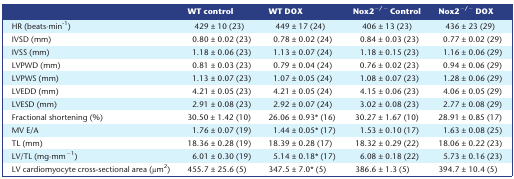
<table><thead><tr><td></td><td><b>WT control</b></td><td><b>WT DOX</b></td><td><b>Nox2<sup>−/−</sup> Control</b></td><td><b>Nox2<sup>−/−</sup> DOX</b></td></tr></thead><tbody><tr><td>HR (beats·min<sup>‐1</sup>)</td><td>429 ± 10 (23)</td><td>449 ± 17 (24)</td><td>406 ± 13 (23)</td><td>436 ± 23 (29)</td></tr><tr><td>IVSD (mm)</td><td>0.80 ± 0.02 (23)</td><td>0.78 ± 0.02 (24)</td><td>0.84 ± 0.03 (23)</td><td>0.77 ± 0.02 (29)</td></tr><tr><td>IVSS (mm)</td><td>1.18 ± 0.06 (23)</td><td>1.13 ± 0.07 (24)</td><td>1.18 ± 0.15 (23)</td><td>1.16 ± 0.06 (29)</td></tr><tr><td>LVPWD (mm)</td><td>0.81 ± 0.03 (23)</td><td>0.79 ± 0.04 (24)</td><td>0.76 ± 0.02 (23)</td><td>0.94 ± 0.06 (29)</td></tr><tr><td>LVPWS (mm)</td><td>1.13 ± 0.07 (23)</td><td>1.07 ± 0.05 (24)</td><td>1.08 ± 0.07 (23)</td><td>1.28 ± 0.06 (29)</td></tr><tr><td>LVEDD (mm)</td><td>4.21 ± 0.05 (23)</td><td>4.21 ± 0.05 (24)</td><td>4.15 ± 0.06 (23)</td><td>4.06 ± 0.05 (29)</td></tr><tr><td>LVESD (mm)</td><td>2.91 ± 0.08 (23)</td><td>2.92 ± 0.07 (24)</td><td>3.02 ± 0.08 (23)</td><td>2.77 ± 0.08 (29)</td></tr><tr><td>Fractional shortening (%)</td><td>30.50 ± 1.42 (10)</td><td>26.06 ± 0.93* (16)</td><td>30.27 ± 1.67 (10)</td><td>28.91 ± 0.85 (17)</td></tr><tr><td>MV E/A</td><td>1.76 ± 0.07 (19)</td><td>1.44 ± 0.05* (17)</td><td>1.53 ± 0.10 (17)</td><td>1.63 ± 0.08 (25)</td></tr><tr><td>TL (mm)</td><td>18.36 ± 0.28 (19)</td><td>18.39 ± 0.28 (17)</td><td>18.32 ± 0.29 (22)</td><td>18.06 ± 0.22 (23)</td></tr><tr><td>LV/TL (mg·mm<sup>−1</sup>)</td><td>6.01 ± 0.30 (19)</td><td>5.14 ± 0.18* (17)</td><td>6.08 ± 0.18 (22)</td><td>5.73 ± 0.16 (23)</td></tr><tr><td>LV cardiomyocyte cross‐sectional area (μm<sup>2</sup>)</td><td>455.7 ± 25.6 (5)</td><td>347.5 ± 7.0* (5)</td><td>386.6 ± 1.3 (5)</td><td>394.7 ± 10.4 (5)</td></tr></tbody></table>